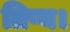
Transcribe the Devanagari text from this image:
तिष्य।